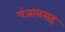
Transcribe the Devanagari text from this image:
पंजाबसह